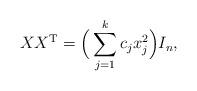
LaTeX: \begin{align*}XX^{\rm T}= \Big(\sum_{j=1}^k c_j x_j^2 \Big)I_n,\end{align*}